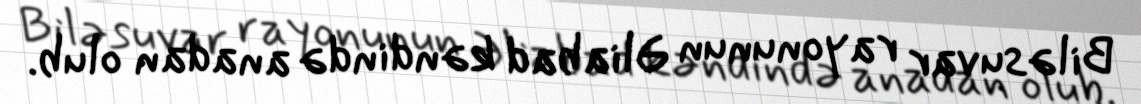
Biləsuvar rayonunun Əliabad kəndində anadan olub.